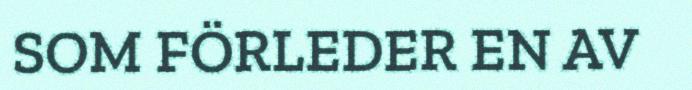
SOM FÖRLEDER EN AV